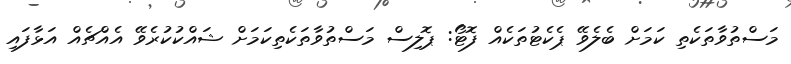
މަސްތުވާތަކެތި ކަމަށް ބެލެވޭ ޕެކެޓުތަކެއް ފޮޓޯ: ޕޮލިސް މަސްތުވާތަކެތިކަމަށް ޝައްކުކުރެވޭ އެއްޗެއް އަޅާފައި